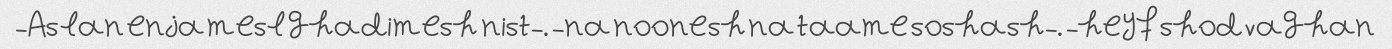
Aslan enja mesl ghadimesh nist-. -na noonesh na taame soshash-. -heyf shod vaghan-